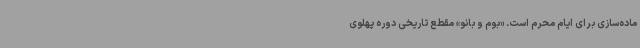
ماده‌سازی برای ایام محرم است. «بوم و بانو» مقطع تاریخی دوره پهلوی